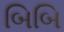
બિબિ